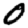
Digit: 0